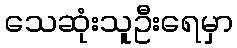
သေဆုံးသူဦးရေမှာ